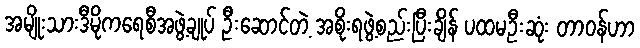
အမျိုးသားဒီမိုကရေစီအဖွဲ့ချုပ် ဦးဆောင်တဲ့ အစိုးရဖွဲ့စည်းပြီးချိန် ပထမဦးဆုံး တာဝန်ဟာ